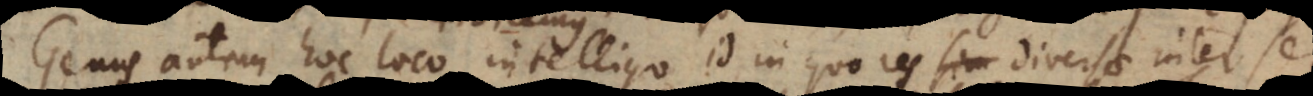
Genus autem hoc loco intelligo id in quo res sim diversae inter